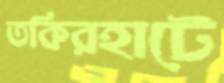
তকিরহাটে